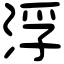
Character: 浮